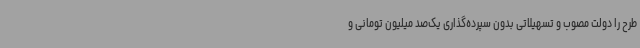
طرح را دولت مصوب و تسهیلاتی بدون سپرده‌گذاری یک‌صد میلیون تومانی و